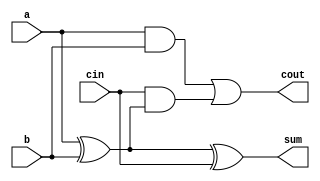
// This program was cloned from: https://github.com/sinkswim/veriloglib
// License: MIT License

`define FA_LOGIC

module full_adder
(
    input a,
    input b,
    input cin,
    output sum,
    output cout
);

`ifdef FA_LOGIC
    assign sum = a ^ b ^ cin;
    assign cout = (a & b) | cin & (a ^ b);
`elsif FA_SUM
    assign {cout, sum} = a + b + cin;
`endif

endmodule